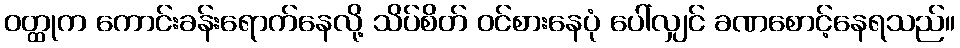
ဝတ္ထုက ကောင်းခန်းရောက်နေလို့ သိပ်စိတ် ဝင်စားနေပုံ ပေါ်လျှင် ခဏစောင့်နေရသည်။